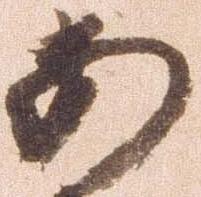
安